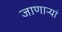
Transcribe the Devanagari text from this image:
जाणाऱ्यां